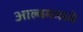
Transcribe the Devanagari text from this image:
आल्बममध्ये